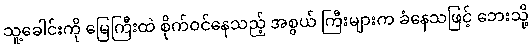
သူ့ခေါင်းကို မြေကြီးထဲ စိုက်ဝင်နေသည့် အစွယ် ကြီးများက ခံနေသဖြင့် ဘေးသို့